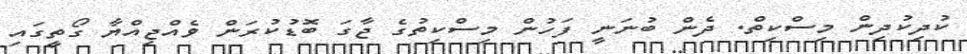
ކުދިކުދިން މިސްކިތް. ދެން ބުނަނީ ފަހުން މިސްކިތުގެ ޖާގަ ބޮޑުކުރަން ވެއްޖިއްޔާ ގޯތީގައި